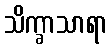
သိက္ခာသာရာ